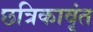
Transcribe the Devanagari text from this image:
छत्रिकावृंत